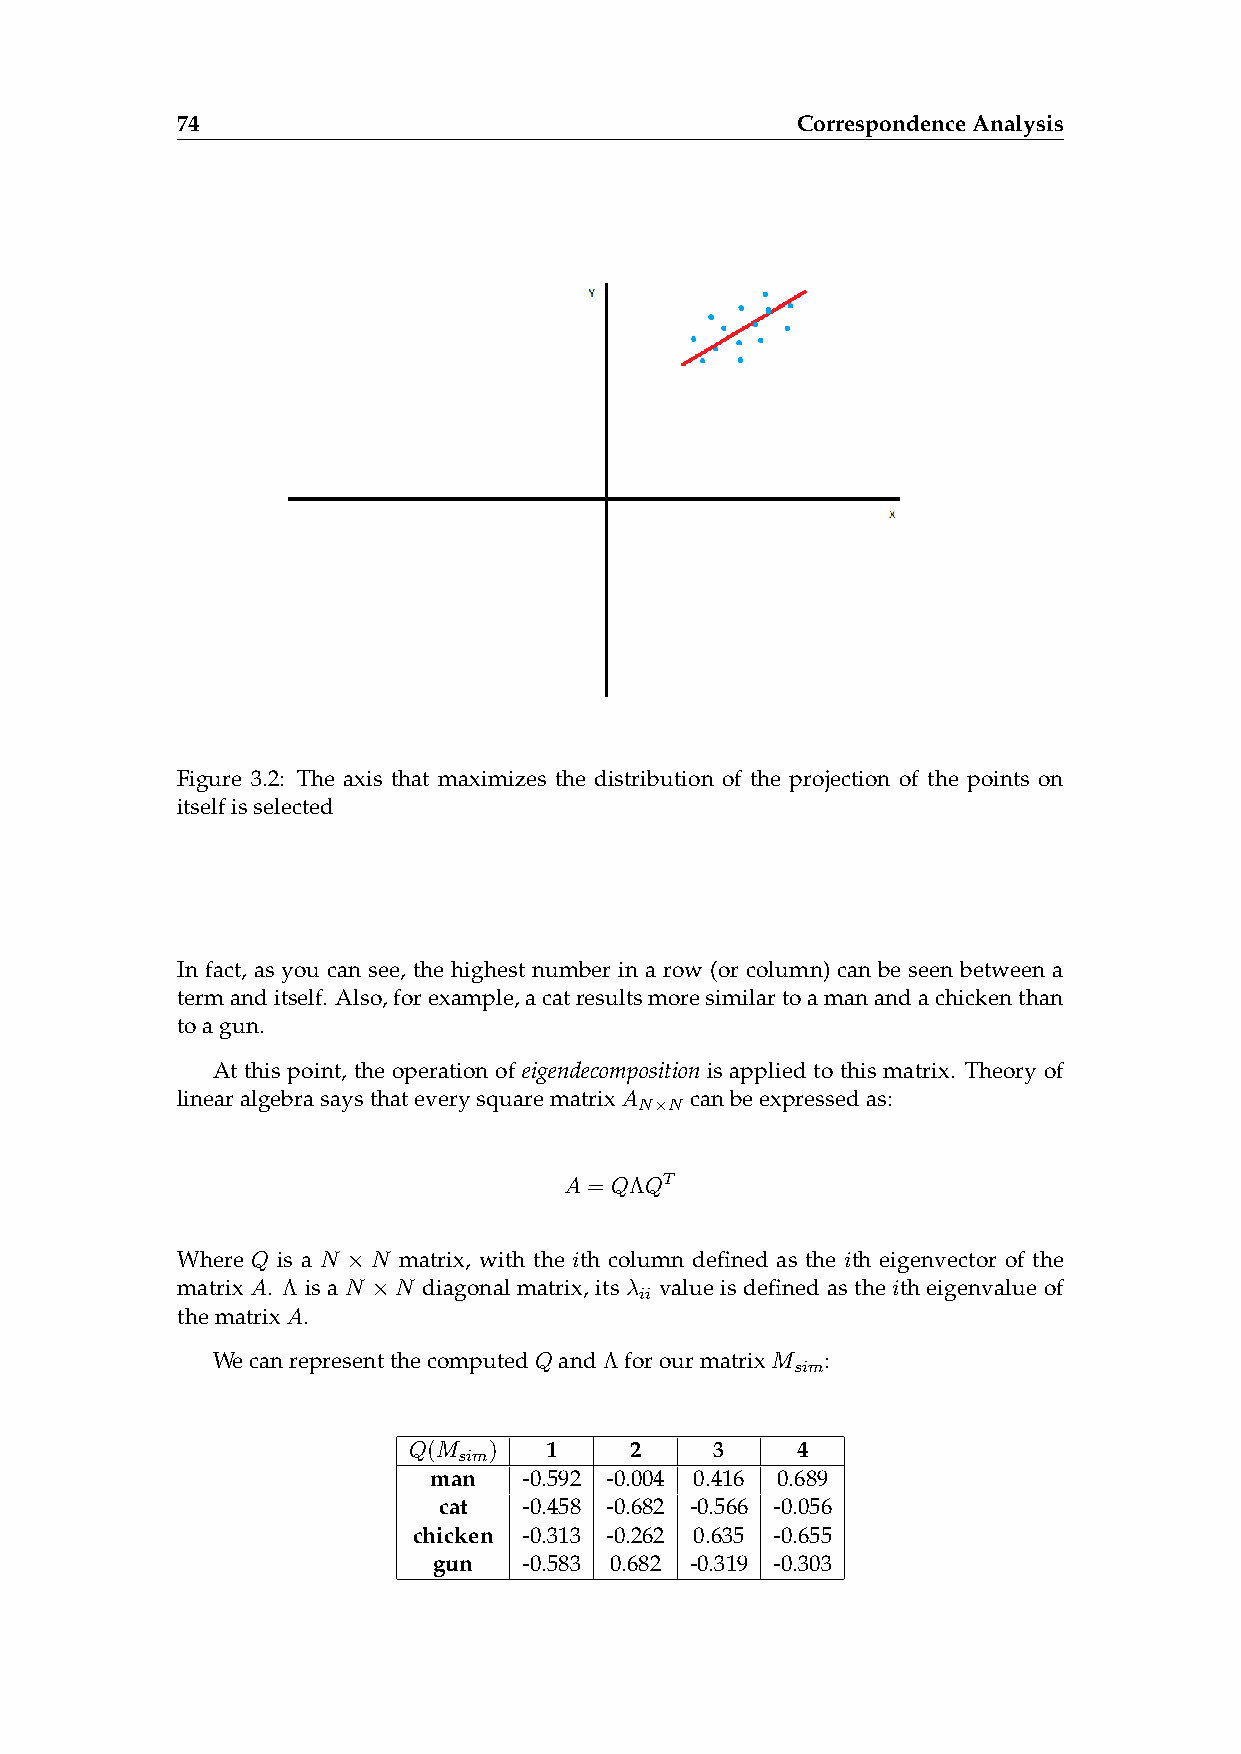
74                                       CorrespondenceAnalysis
 Figure 3.2: The axis that maximizes the distribution of the projection of the points on
 itselfisselected
 In fact, as you can see, the highest number in a row (or column) can be seen between a
 termanditself. Also,forexample,acatresultsmoresimilartoamanandachickenthan
 toagun.
 At this point, the operation of eigendecomposition is applied to this matrix. Theory of
 linearalgebrasaysthateverysquarematrixA canbeexpressedas:
 N×N
 A = QΛQT
 Where Q is a N × N matrix, with the ith column defined as the ith eigenvector of the
 matrix A. Λ is a N ×N diagonal matrix, its λ value is defined as the ith eigenvalue of
 ii
 thematrixA.
 WecanrepresentthecomputedQandΛforourmatrixM :
 sim
 Q(M  )   1     2    3     4
 sim
 man    -0.592 -0.004 0.416 0.689
 cat   -0.458 -0.682 -0.566 -0.056
 chicken -0.313 -0.262 0.635 -0.655
 gun   -0.583 0.682 -0.319 -0.303